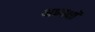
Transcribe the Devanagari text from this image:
अध्यक्षॉ